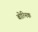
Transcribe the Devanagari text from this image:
बोत्निक